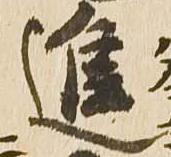
進